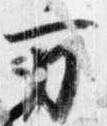
方